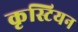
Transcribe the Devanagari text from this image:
कृस्टियन